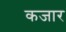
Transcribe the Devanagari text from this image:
कजार